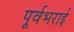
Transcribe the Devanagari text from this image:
पूर्वभराई